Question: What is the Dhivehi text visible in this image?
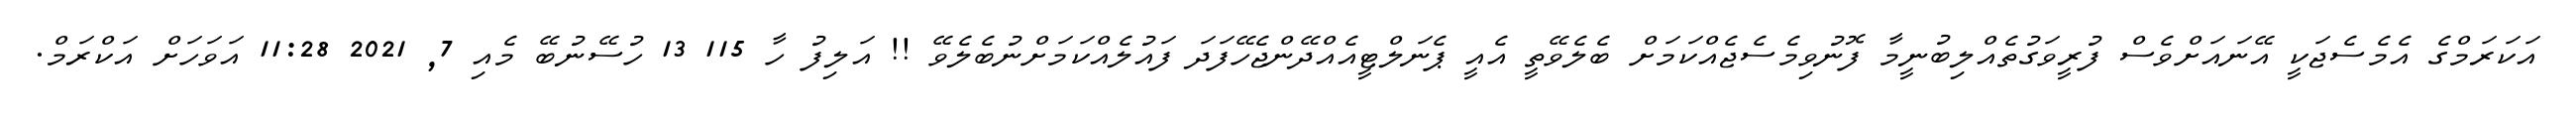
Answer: އަކަރަމްގެ އެމެސެޖަކީ އޭނައަށްވެސް ފުރީވަގުތެއްލިބުނީމާ ފޮނުވިމެސެޖެއްކަމަށް ބެލެވޭތީ އެއީ ޕެނަލްޓީއެއްދޭންޖެހޭފަދަ ފައުލެއްކަމަށްނުބެލެވޭ !! އަލިފު ހާ 115 13 ހުސޭނުބޭ މެއި 7, 2021 11:28 އަވަހަށް އަކްރަމް.